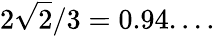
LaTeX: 2{\sqrt{2}}/3=0.94....